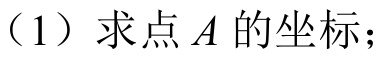
（1）求点\(A\)的坐标；